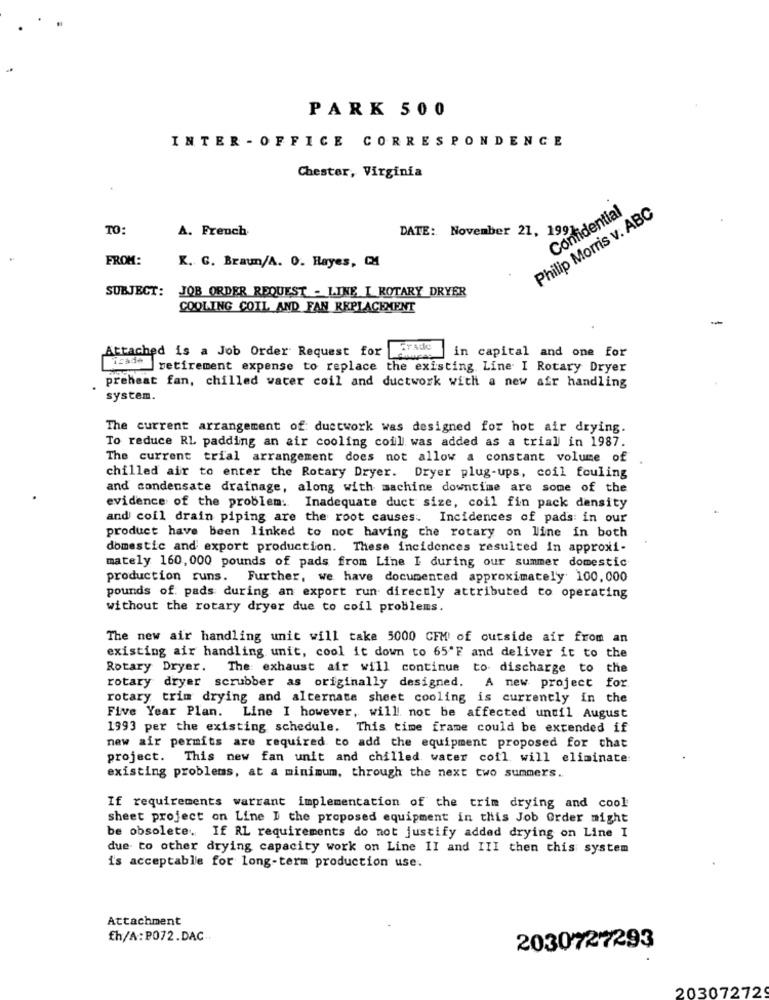
PARK 500
INTER - OFFICE CORRESPONDENCE
Chester, Virginia
.
Philip Morris v. ABC
Confidential
TO:
A. French
DATE: November 21, 199
FROM:
K. G. Braun/A. 0. Hayes, CI
SUBJECT: JOB ORDER REQUEST - LINE I ROTARY DRYER
COOLING COIL AND FAN REPLACEMENT
-
Attached is a Job Order Request for
TTAde
in capital and one for
retirement expense to replace the existing Line I Rotary Dryer
preheat fan, chilled water coil and ductwork with a new afr handling
system.
The current arrangement of ductwork was designed for hot air drying.
To reduce RL padding an air cooling coill. was added as a trial in 1987.
The current trial arrangement does not allow a constant volume of
chilled air to enter the Rotary Dryer. Dryer plug-ups, coil fouling
and condensate drainage, along with machine downtime are some of the
evidence of the problem: Inadequate duct size, coil fin pack density
and coil drain piping are the root causes. Incidences of pads: in our
product have been linked to not having the rotary on line in both
domestic and export production. These incidences resulted In approxi-
mately 160, 000 pounds of pads from Line I during our summer domestic
production runs. Further, we have documented approximately 100,000
pounds of pads during an export run directly attributed to operating
without the rotary dryer due to coil problems.
The new air handling unit will take 5000 CFM of outside air from an
existing air handling unit, cool it down to 65'F and deliver it to the
Rotary Dryer. The: exhaust air will continue to discharge to the
rotary dryer scrubber as originally designed. A new project for
rotary trim drying and alternate sheet cooling is currently in the
Five Year Plan. Line I however, will not be affected until August
1993 per the existing schedule. This time frame could be extended if
new air permits are required to add the equipment proposed for that
project. This new fan unit and chilled water coil will eliminate:
existing problems, at a minimum, through the next two summers.
If requirements warrant implementation of the trim drying and cool
sheet project on Line I the proposed equipment in this Job Order might
be obsolete. If RL requirements do not justify added drying on Line I
due to other drying capacity work on Line II and III then this system
is acceptable for long-term production use.
Attachment
fh/A:P072.DAC ..
2030727293
20307272